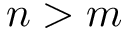
n > m